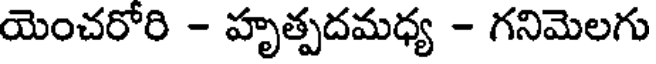
యెంచరోరి - హృత్పదమధ్య - గనిమెలగు